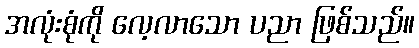
အလုံးစုံကို လေ့လာသော ပညာ ဖြစ်သည်။